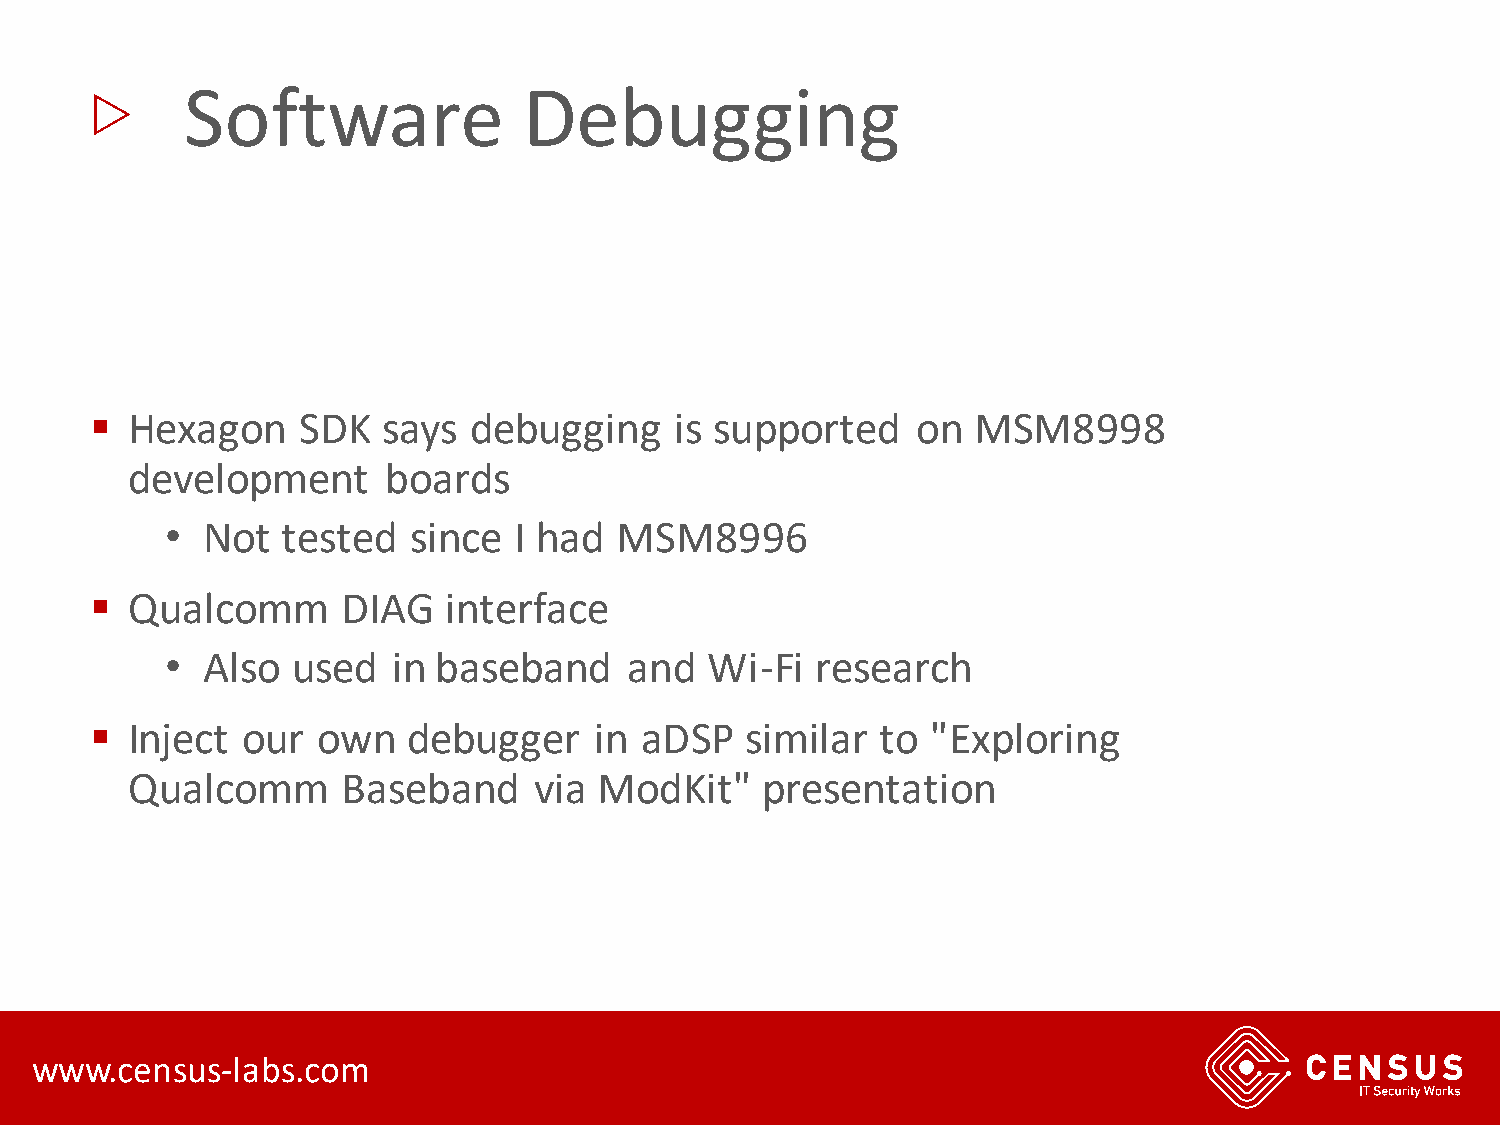
▷
 Software               Debugging
 ▪ Hexagon     SDK  says  debugging     is supported    on MSM8998
 development       boards
 • Not   tested  since  I had  MSM8996
 ▪ Qualcomm       DIAG   interface
 • Also  used   in baseband     and  Wi-Fi  research
 ▪ Inject  our  own   debugger    in aDSP   similar  to  "Exploring
 Qualcomm       Baseband    via  ModKit"   presentation
 www.census-labs.com